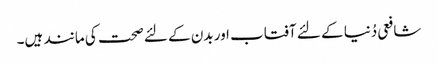
شافعی دُنیا کے لئے آفتاب اور بدن کے لئے صحت کی مانند ہیں۔